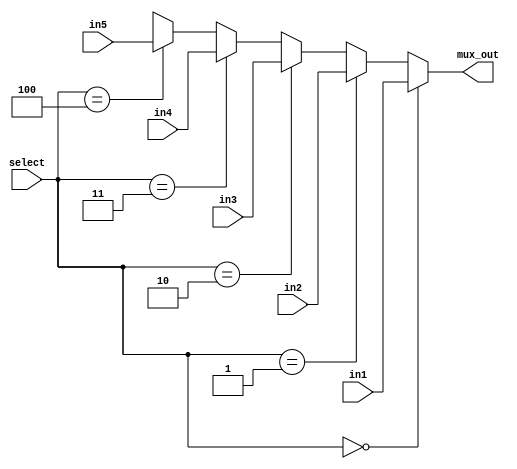
module mux_5channel (
    mux_out,
    in1,
    in2,
    in3,
    in4,
    in5,
    select
);

parameter DATAWIDTH = 8;
output [DATAWIDTH - 1:0] mux_out;
input [DATAWIDTH - 1:0] in1, in2, in3, in4, in5;
input [2:0] select;

assign mux_out = (select == 0) ? in1 : (select == 1) 
                               ? in2 : (select == 2)
                               ? in3 : (select == 3) 
                               ? in4 : (select == 4) 
                               ? in5 : 'bx; 
    
endmodule